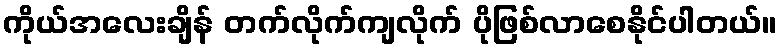
ကိုယ်အလေးချိန် တက်လိုက်ကျလိုက် ပိုဖြစ်လာစေနိုင်ပါတယ်။